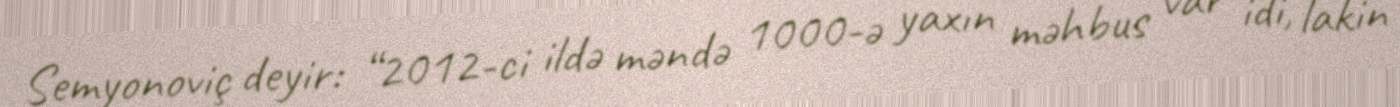
Semyonoviç deyir: “2012-ci ildə məndə 1000-ə yaxın məhbus var idi, lakin